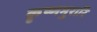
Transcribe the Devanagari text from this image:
कृष्णमुरारि